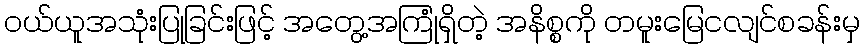
ဝယ်ယူအသုံးပြုခြင်းဖြင့် အတွေ့အကြုံရှိတဲ့ အနိစ္စကို တမူးမြေငလျင်စခန်းမှ